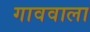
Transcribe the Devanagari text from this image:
गाववाला